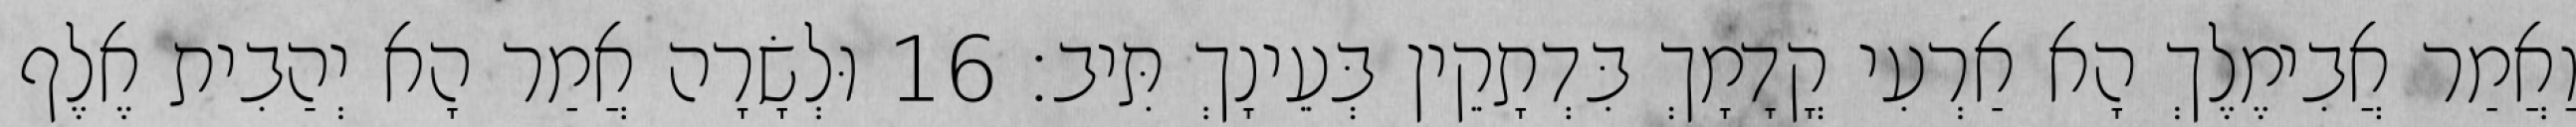
וַאֲמַר אֲבִימֶלֶךְ הָא אַרְעִי קֳדָמָךְ בִּדְתָקֵין בְּעֵינָךְ תִּיב׃ 16 וּלְשָׂרָה אֲמַר הָא יְהַבִית אֶלֶף